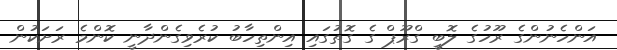
އަންހެނުންގެ ރޫހުގެ ލޮބީ ގްރޫޕް ގެ ގޮތުގައި އިންތިހާބު ކުރެވިގެންދާނީ ކޮންމެ ރަށަކުން